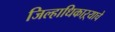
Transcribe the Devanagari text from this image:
जिल्हाधिकाऱ्याचे